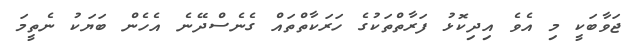
ޖަވާބަކީ މި އެވެ އިދިކޮޅު ފަރާތްތަކުގެ ހަރަކާތްތައް ގެނެސްދޭނެ އެހެން ބަޔަކު ނެތީމަ